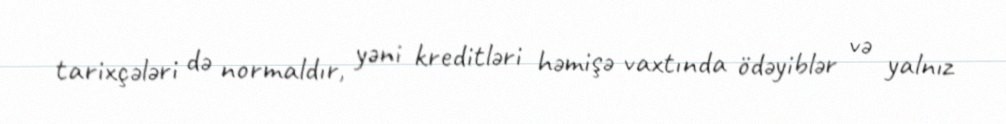
tarixçələri də normaldır, yəni kreditləri həmişə vaxtında ödəyiblər və yalnız